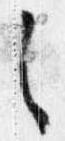
之